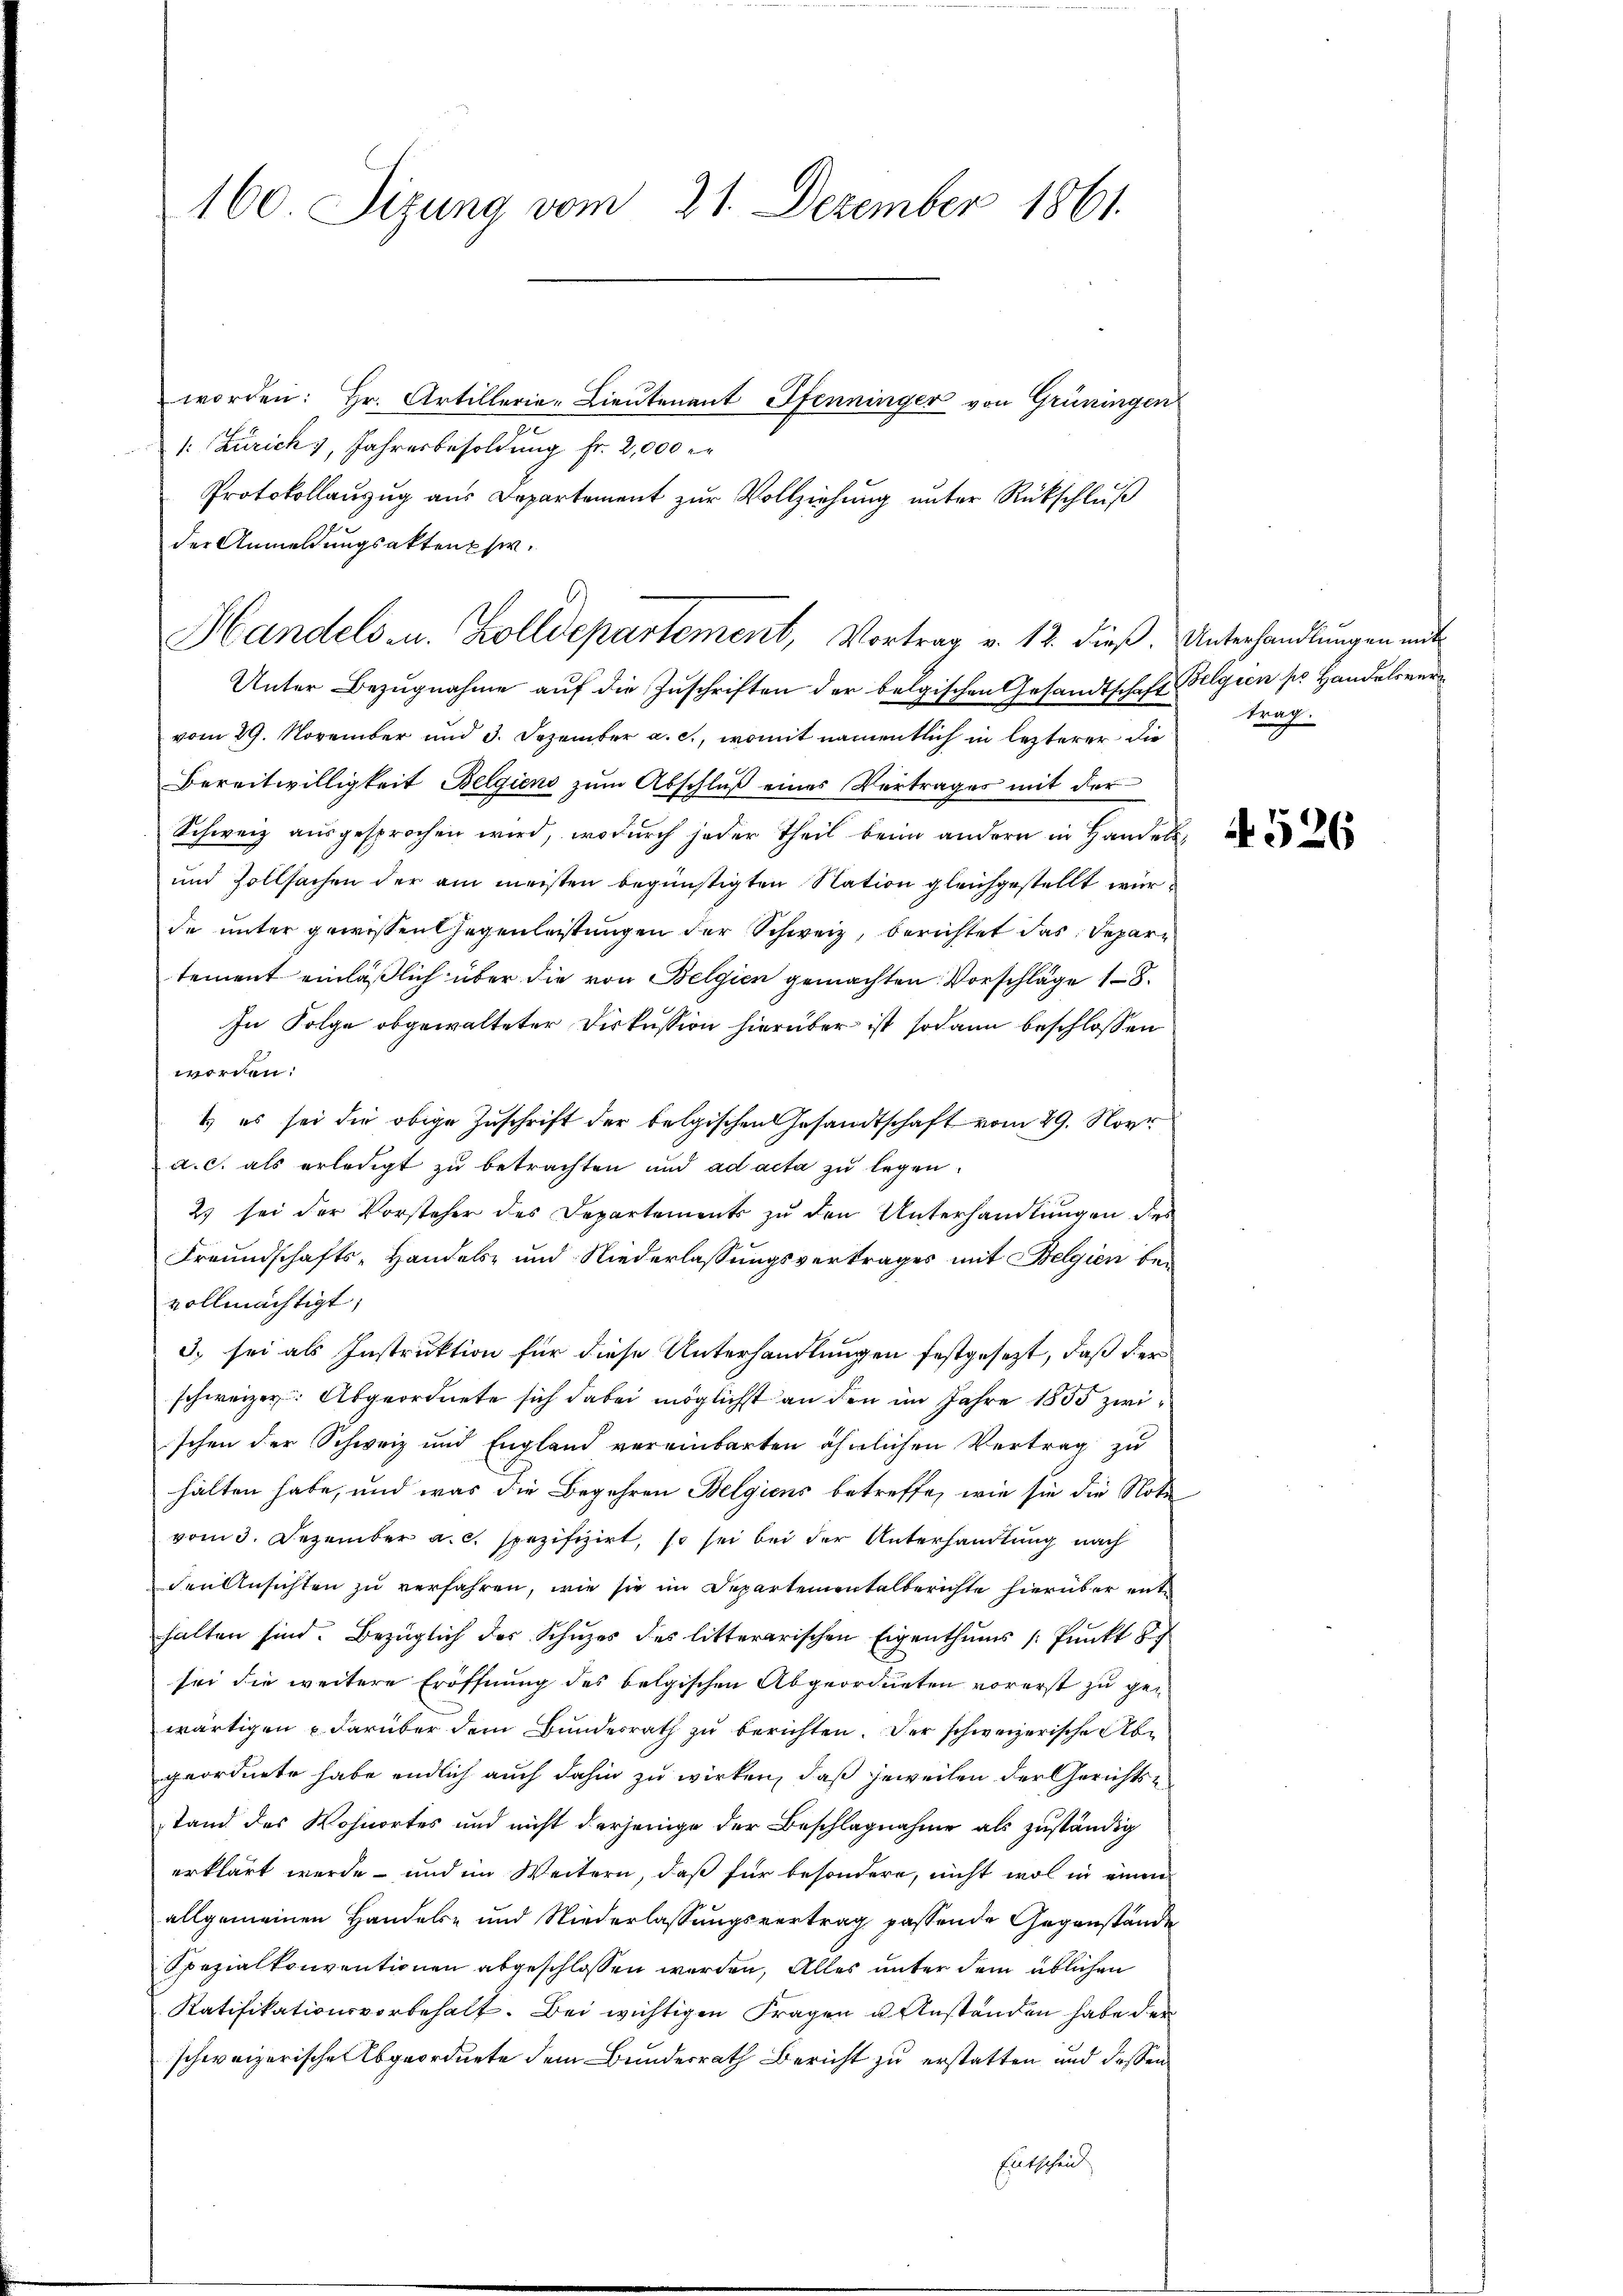
160. Sitzung vom 21. Dezember 1861.

worden: hr. Artillerie-Lieutenant Pfenninger von Grüningen
1: Zürich, Jahresbesoldung fr. 2,000 e
Protokollanzŭg aŭs Departement zŭr Vollziehŭng ŭnter Rückschlŭβ
der Anmeldungsaktenpher.
Unter Bezŭgnahme aŭf die Zŭschriften der belgischen Gesandtschaft Belgien ser Handelsver
vom 29. November und 3. Dezember a. c., womit namentlich in lezterer die
Bereitwilligkeit Belgiens zŭm Abschluß eines Vertrages mit der
Schweiz ausgesprochen wird, wodurch jeder Theil beim andern in Handels
und Zollsachen der am meisten begünstigten Nation gleichgestellt wurde unter gewissen Gegenleistungen der Schweiz, berichtet das Depart
tement einläßlich über die von Belgien gemachten Vorschläge 18.
In Folge obgewalteter Diskussion hierüber ist sodann beschlossen
worden:
1) es sei die obige Zuschrift der belgischen Gesandtschaft vom 29. Nove
a. c. als erledigt zu betrachten und ad acta zu legen.
2) sei der Vorsteher des Departements zu den Unterhandlungen des
Freundschafts-Handels- und Niederlassungsvertrages mit Belgien bevollmächtigt,
3) sei als Instruktion für diese Unterhandlungen festgesezt, daß der
schweizer. Abgeordnete sich dabei möglichst an den im Jahre 1855 zwischen der Schweiz und England vereinbarten ähnlichen Vertrag zu
halten habe, und was die Begehren Belgiens betreffe, wie sie die Noti
vom 3. Dezember a.c. spezifizirt, so sei bei der Unterhandlung nach
den Ansichten zu verfahren, wie sie im Departementalberichte hierüber enthalten sind. Bezüglich des Schuzes des litterarischen Eigenthums /: Punkt b
sei die weitere Eröffnung des belgischen Abgeordneten vorerst zu ge-
wärtigen u. darüber dem Bundesrath zu berichten. Der schweizerische Abgeordnete habe endlich auch dahin zu wirken, daß jeweilen der Gerichtsstand des Wohnortes und nicht derjenige der Beschlagnahme als zuständig
erklärt werde - und im Weitern, daß für besondere, nicht wol in einen
allgemeinen Handels- und Niederlassungsvertrag passende Gegenstände
Spezialkonventionen abgeschlossen werden, Alles unter dem üblichen
Ratifikationsvorbehalt. Bei wichtigen Fragen u. Anstanden habe der
schweizerische Abgeordnete dem Bundesrath Bericht zu erstatten und dessen
Eutscheid

Handels zu. Zolldepartement, Vortrag v. 12. dieß. Unterhandlungen mit

trag.

4526